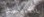
بالكنيسة